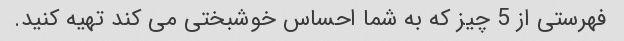
فهرستی از 5 چیز که به شما احساس خوشبختی می کند تهیه کنید.